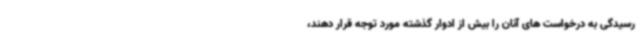
رسیدگی به درخواست های آنان را بیش از ادوار گذشته مورد توجه قرار دهند،